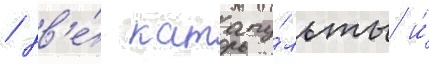
/ дв'е́ катапу́льты и́